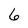
Character: 6